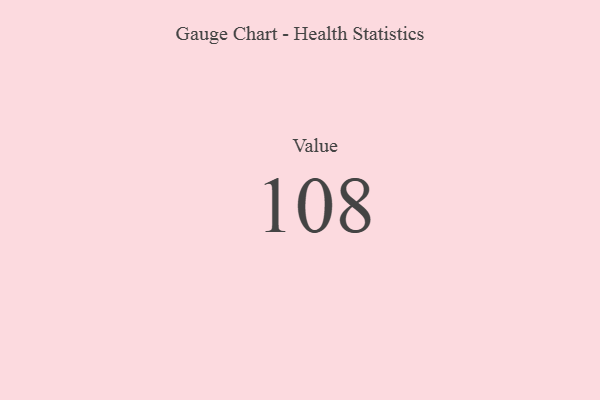
{"axis": {"x": "Metric", "y": "Value"}, "legend": [""], "data": [{"x": "Value", "y": 108, "type": ""}]}